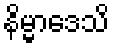
နိမ္မာဒေသိ